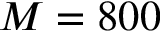
M = 8 0 0